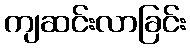
ကျဆင်းလာခြင်း